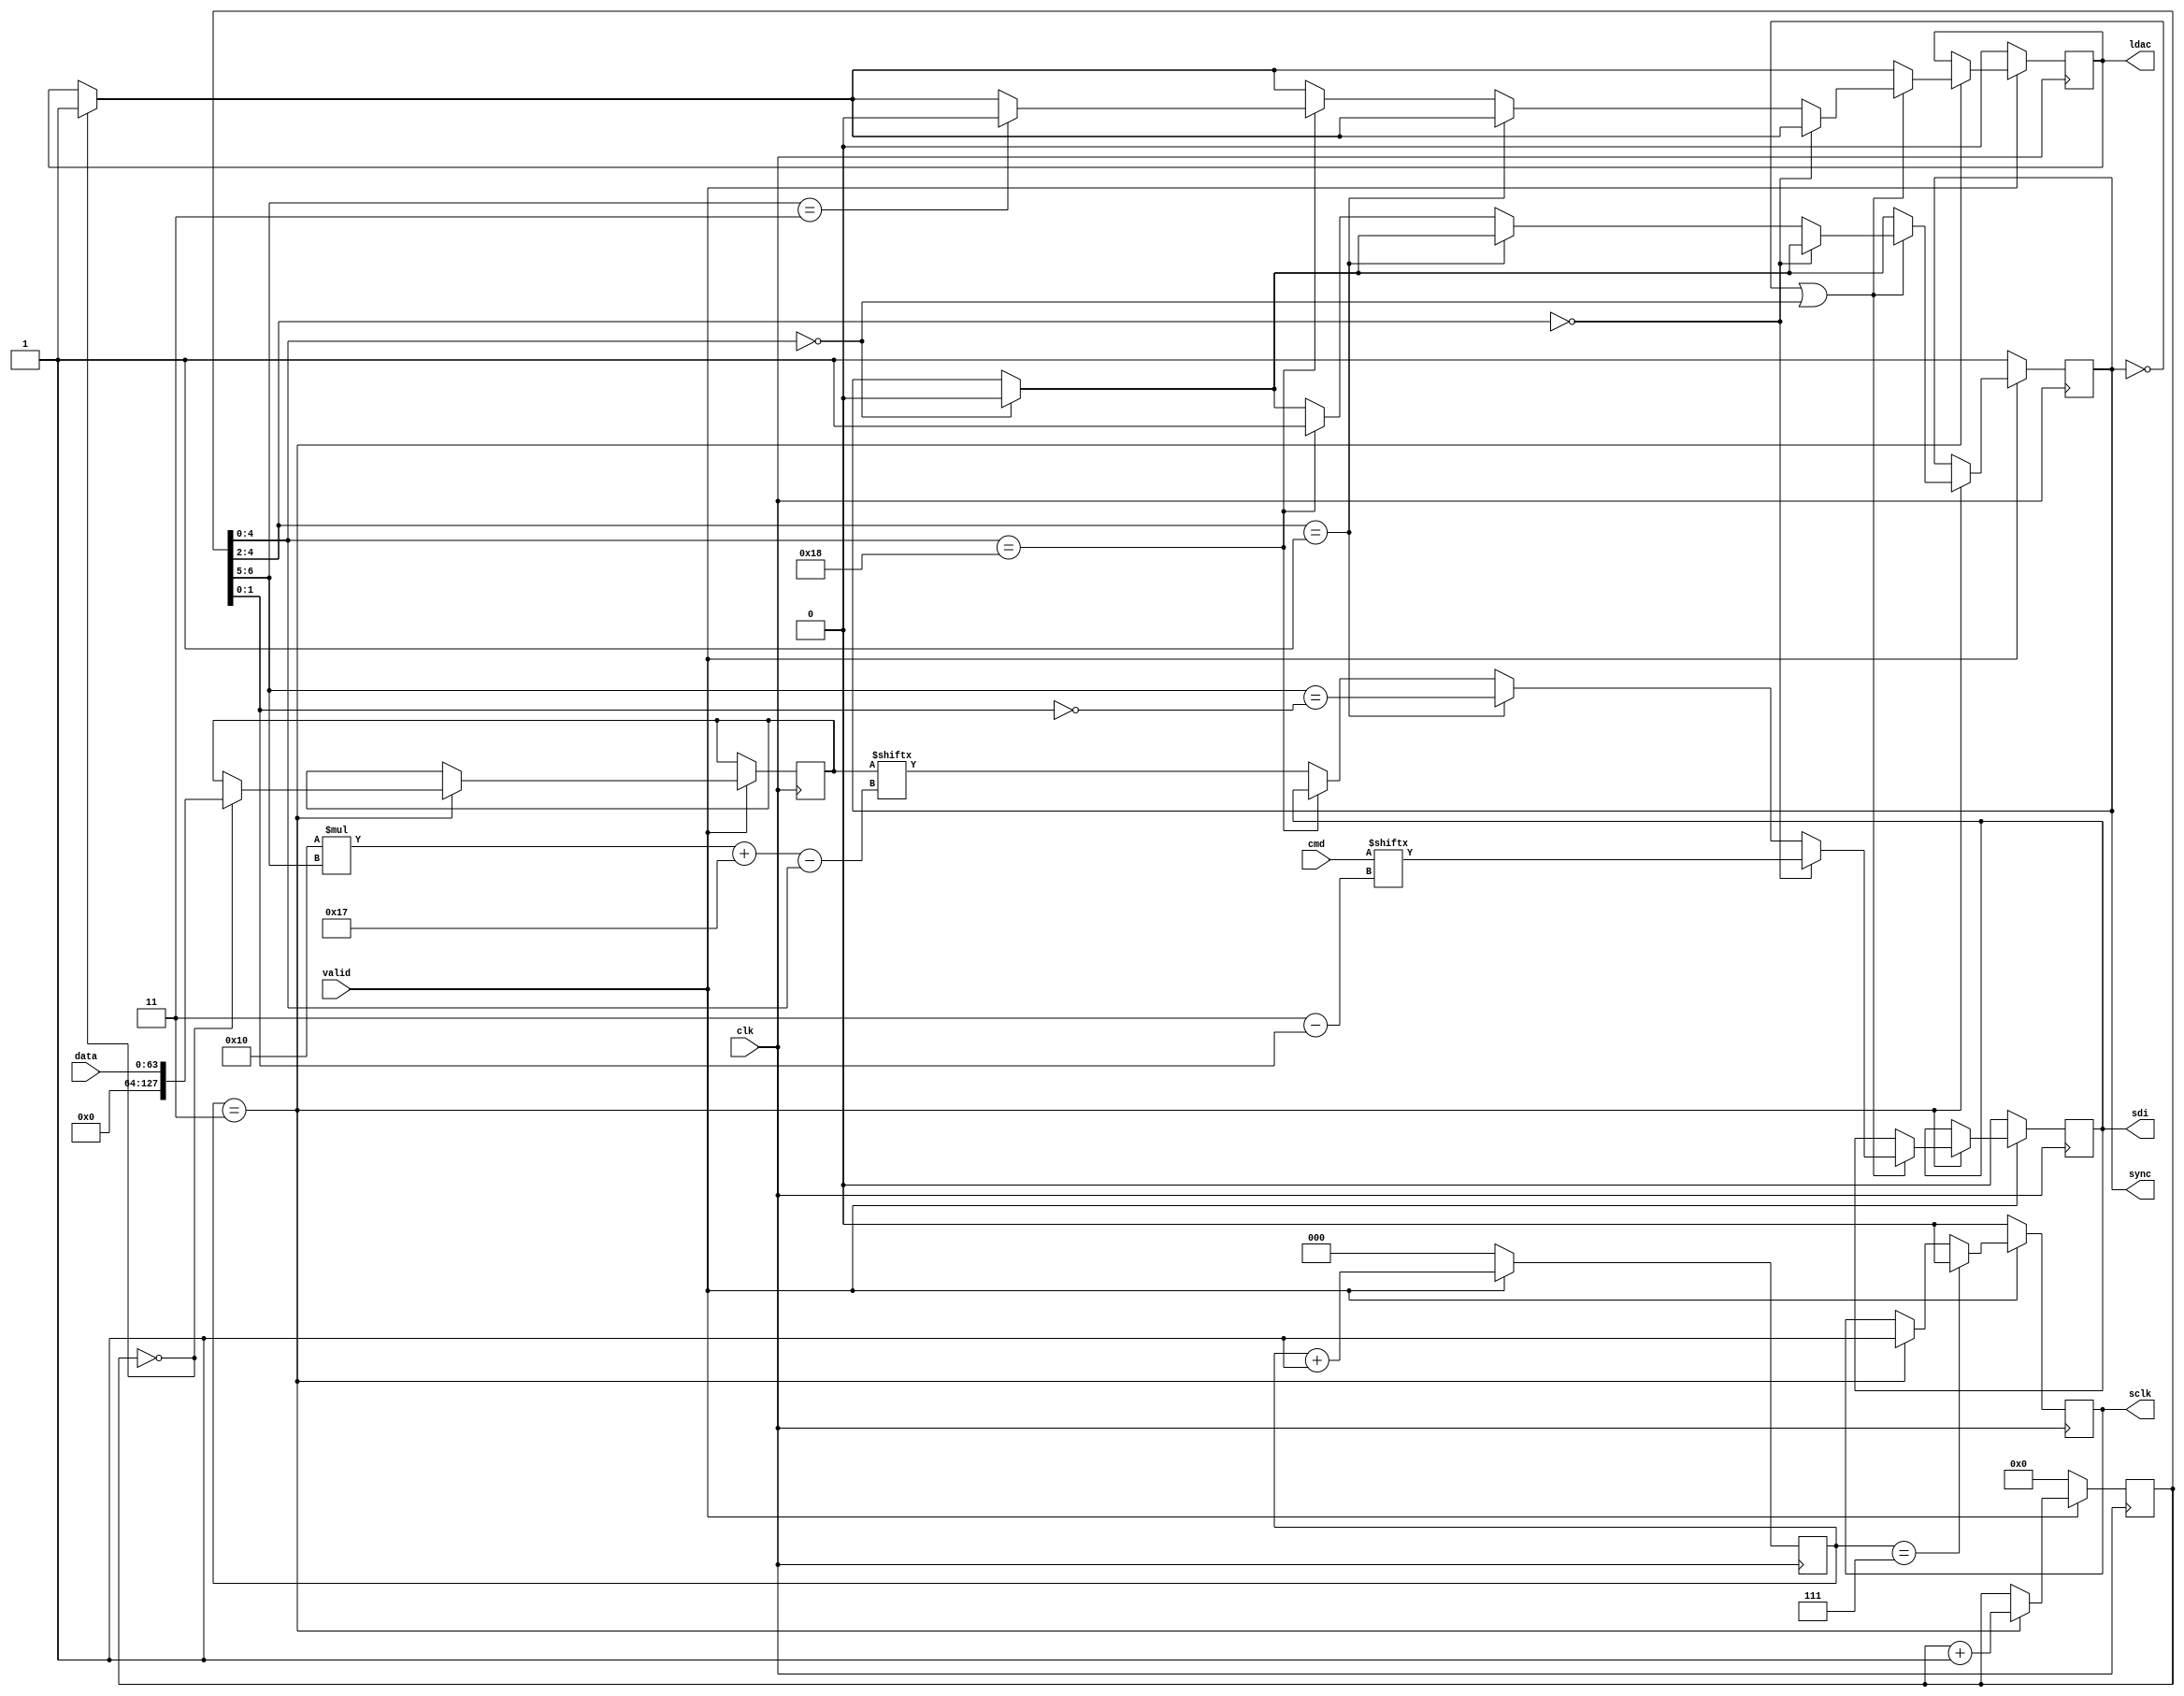
module precision_dac #
(
  parameter CLK_DIV = 3
)
(
  input wire                      clk,
  input wire [16*4-1:0]           data,
  input wire                      valid,
  input wire [4-1:0]              cmd,

  output reg                      sync,
  output reg                      sclk,
  output reg                      sdi,
  output reg                      ldac
);
  reg [16*8-1:0] data_reg;
  reg [4-1:0] cmd_reg;
  reg [CLK_DIV-1:0] cnt_clk  = 0; // Divide by 2**CLK_DIV the clock frequency
  reg [7-1: 0] cnt_sclk = 0;
  initial sync = 1'b1;

  always @(posedge clk) begin
    if (valid == 1'b1) begin
      cnt_clk <= cnt_clk + 1;

      if (cnt_clk == {{1'b0}, {(CLK_DIV-1){1'b1}}}) begin
        sclk <= 1'b1;
        if (cnt_sclk == {(7){1'b0}}) begin
          ldac <= 1'b1;
          cmd_reg <= cmd;
          data_reg <= data;
        end

        if (cnt_sclk[5-1:0] == {(5){1'b0}}) begin
          sync <= 1'b0;
        end

        cnt_sclk <= cnt_sclk + 1;

        if (sync == 1'b0 | cnt_sclk[5-1:0] == {(5){1'b0}}) begin
          if (cnt_sclk[5-1:2] == 3'b000) begin
            sdi <= cmd[3-cnt_sclk[2-1:0]]; // write command bits
          end else if (cnt_sclk[5-1:2] == 3'b001) begin
            sdi <= (cnt_sclk[7-1:5] == ~cnt_sclk[2-1:0]);
          end else if (cnt_sclk[5-1:0] == 5'b11000) begin
            sync <= 1'b1;
            if (cnt_sclk[7-1:5] == 3'b11) begin
              ldac <= 1'b0;
            end
          end else begin
            sdi <= data_reg[16*cnt_sclk[7-1:5] + 23 - cnt_sclk[5-1:0]];
          end
        end
      end
      if (cnt_clk == {(CLK_DIV){1'b1}}) begin
        //cnt_clk <= 2'b00;
        sclk <= 1'b0;
      end
    end else begin // valid == 1'b0
      cnt_clk <= 0;
      cnt_sclk <= 0;
      sync <= 1;
      sdi <= 0;
      ldac <= 0;
      sclk <= 0;
    end
  end


endmodule